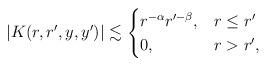
LaTeX: \begin{align*}|K(r,r',y,y')|\lesssim \begin{cases} r^{-\alpha}r'^{-\beta},&r\leq r'\\0,&r>r',\end{cases}\end{align*}